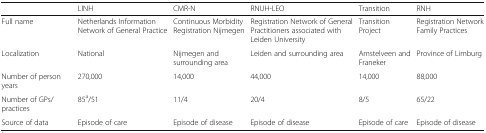
<table><thead><tr><td>[EMPTY_CELL]</td><td><b>LINH</b></td><td><b>CMR-N</b></td><td><b>RNUH-LEO</b></td><td><b>Transition</b></td><td><b>RNH</b></td></tr></thead><tbody><tr><td>Full name</td><td>Netherlands Information Network of General Practice</td><td>Continuous Morbidity Registration Nijmegen</td><td>Registration Network of General Practitioners associated with Leiden University</td><td>Transition Project</td><td>Registration Network Family Practices</td></tr><tr><td>Localization</td><td>National</td><td>Nijmegen and surrounding area</td><td>Leiden and surrounding area</td><td>Amstelveen and Franeker</td><td>Province of Limburg</td></tr><tr><td>Number of person years</td><td>270,000</td><td>14,000</td><td>44,000</td><td>14,000</td><td>88,000</td></tr><tr><td>Number of GPs/practices</td><td>85<sup>a</sup>/51</td><td>11/4</td><td>20/4</td><td>8/5</td><td>65/22</td></tr><tr><td>Source of data</td><td>Episode of care</td><td>Episode of disease</td><td>Episode of disease</td><td>Episode of care</td><td>Episode of disease</td></tr></tbody></table>